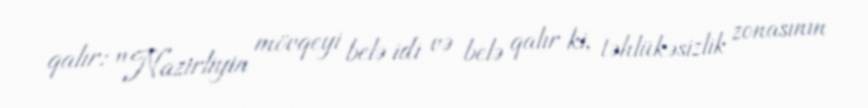
qalır: "Nazirliyin mövqeyi belə idi və belə qalır ki, təhlükəsizlik zonasının